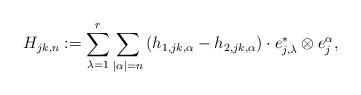
LaTeX: \begin{align*}H_{jk, n}:=\sum_{\lambda=1}^r\sum_{|\alpha|=n}\left(h_{1, jk, \alpha}-h_{2, jk, \alpha}\right)\cdot e_{j, \lambda}^*\otimes e_j^\alpha, \end{align*}